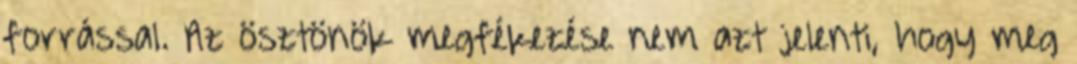
forrással. Az ösztönök megfékezése nem azt jelenti, hogy meg